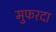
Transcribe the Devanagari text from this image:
मुफरदा